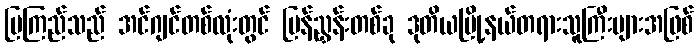
မြကြည်သည် အင်ဂျင်တစ်လုံးတွင် ပြန်ညွှန်းတစ်ခု ဒုတိယမြို့နယ်တရားသူကြီးများအဖြစ်